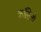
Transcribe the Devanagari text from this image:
कांतिलो